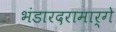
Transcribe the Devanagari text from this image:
भंडारदरामार्गे